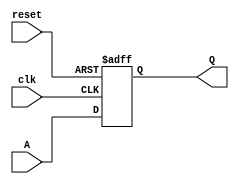
module D_FLIP_FLOP(Q,A,clk,reset);
	parameter m=163;
	input wire[0:m-1] A;
	output wire[0:m-1] Q;
	reg[0:m-1] Q1;
	input wire clk,reset;
	assign Q=Q1;
	initial
	begin
		Q1=163'd0;
	end
	always@(posedge clk or negedge reset)
		if(~reset)begin
			Q1<=163'd0;
		end
		else begin
			Q1 <= A;
		end
endmodule